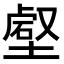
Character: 𡐍